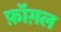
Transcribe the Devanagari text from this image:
फ़ॉग़ल